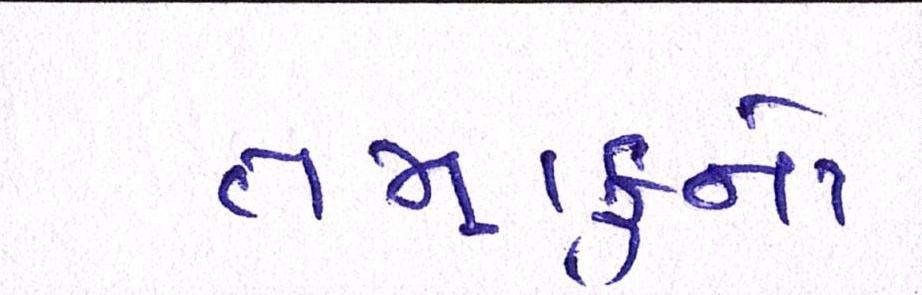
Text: તમાકુનો